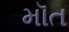
મૉત